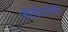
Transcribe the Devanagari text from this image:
तीतीराएवढा